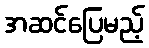
အဆင်ပြေမည့်